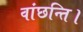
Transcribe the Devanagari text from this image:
वांछन्ति।